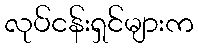
လုပ်ငန်းရှင်များက